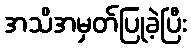
အသိအမှတ်ပြုခဲ့ပြီး